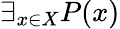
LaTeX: \exists_{x\in X}P(x)